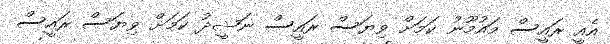
އެއީ ރައީސް މައުމޫނު ކަމަށް ވިޔަސް ރައީސް ނަޝީދު ކަމަށް ވިޔަސް ރައީސް